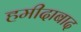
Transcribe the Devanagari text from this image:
हमीदाबाद